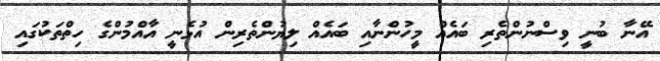
އޭނާ ބުނީ ވިސްނުންތެރި ބައެއް މީހުންނާއި ބައެއް ލިޔުންތެރިން އުޅެނީ އާއްމުންގެ ހިތްތަކުގައި